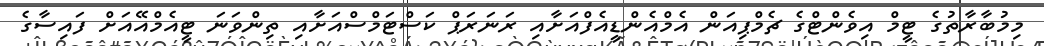
މިމުބާރާތުގެ ޓީމް އިވެންޓްގެ ޗެމްޕިއަން އެމްއެންޑީއެފްއަށާއި ރަނަރަޕް ކަސްޓަމްސްއަށާއި ތިންވަނަ ޓީއެމްއޭއަށް ފައިސާގެ